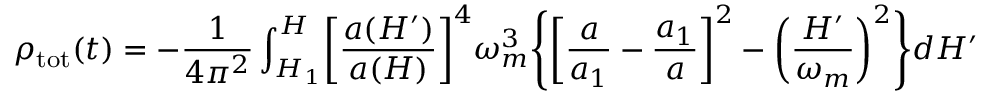
\rho _ { \mathrm { t o t } } ( t ) = - \frac { 1 } { 4 \pi ^ { 2 } } \int _ { H _ { 1 } } ^ { H } \biggl [ \frac { a ( H ^ { \prime } ) } { a ( H ) } \biggr ] ^ { 4 } \omega _ { m } ^ { 3 } \Biggl \{ \biggl [ \frac { a } { a _ { 1 } } - \frac { a _ { 1 } } { a } \biggr ] ^ { 2 } - \biggl ( \frac { H ^ { \prime } } { \omega _ { m } } \biggr ) ^ { 2 } \Biggr \} d H ^ { \prime }